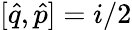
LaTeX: [\hat{q},\hat{p}]=i/2